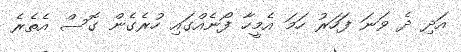
އަދި ދެ ވަނަ ފަހަރު ހަމަ އެމީހާ ފޯނެއްގައި ހުރެގެން ގޮސް އެތެރެ